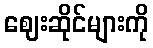
ဈေးဆိုင်များကို